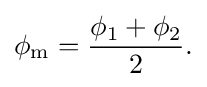
\phi _{\mathrm {m} }={\frac {\phi _{1}+\phi _{2}}{2}}.\,\!